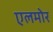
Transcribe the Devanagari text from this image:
एलमोर